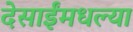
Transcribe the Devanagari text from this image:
देसाईंमधल्या